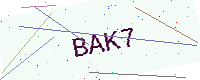
Text: BAK7